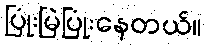
ပြုံးမြဲပြုံးနေတယ်။